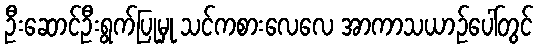
ဦးဆောင်ဦးရွက်ပြုမှု သင်ကစားလေလေ အာကာသယာဉ်ပေါ်တွင်